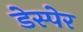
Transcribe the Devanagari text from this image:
डेस्पेर